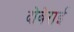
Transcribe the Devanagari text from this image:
दोबेराई